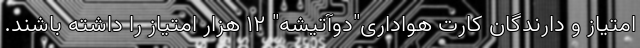
امتیاز و دارندگان کارت هواداری"دوآتیشه" 12 هزار امتیاز را داشته باشند.